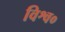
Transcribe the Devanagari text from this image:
विश्व०